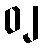
၀၂